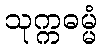
သုက္ကဓမ္မံ